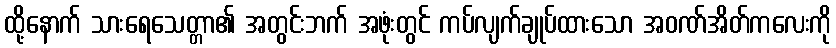
ထို့နောက် သားရေသေတ္တာ၏ အတွင်းဘက် အဖုံးတွင် ကပ်လျက်ချုပ်ထားသော အဝဏ်အိတ်ကလေးကို